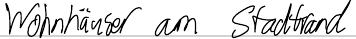
Wohnhäuser am Stadtrand